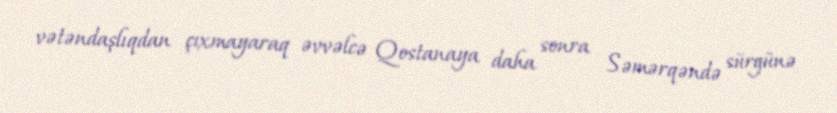
vətəndaşlıqdan çıxmayaraq əvvəlcə Qostanaya daha sonra Səmərqəndə sürgünə